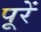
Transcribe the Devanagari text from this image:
पूरें